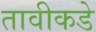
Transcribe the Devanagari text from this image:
तावीकडे